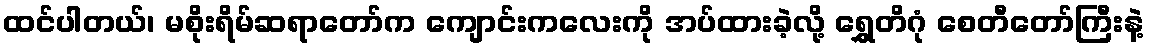
ထင်ပါတယ်၊ မစိုးရိမ်ဆရာတော်က ကျောင်းကလေးကို အပ်ထားခဲ့လို့ ရွှေတိဂုံ စေတီတော်ကြီးနဲ့